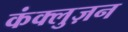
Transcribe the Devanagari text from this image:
कंक्लुज़न